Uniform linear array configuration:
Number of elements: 4
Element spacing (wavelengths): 1
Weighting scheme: hamming
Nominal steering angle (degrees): -30
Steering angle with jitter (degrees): -30.779
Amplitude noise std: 0.05
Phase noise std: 0.05

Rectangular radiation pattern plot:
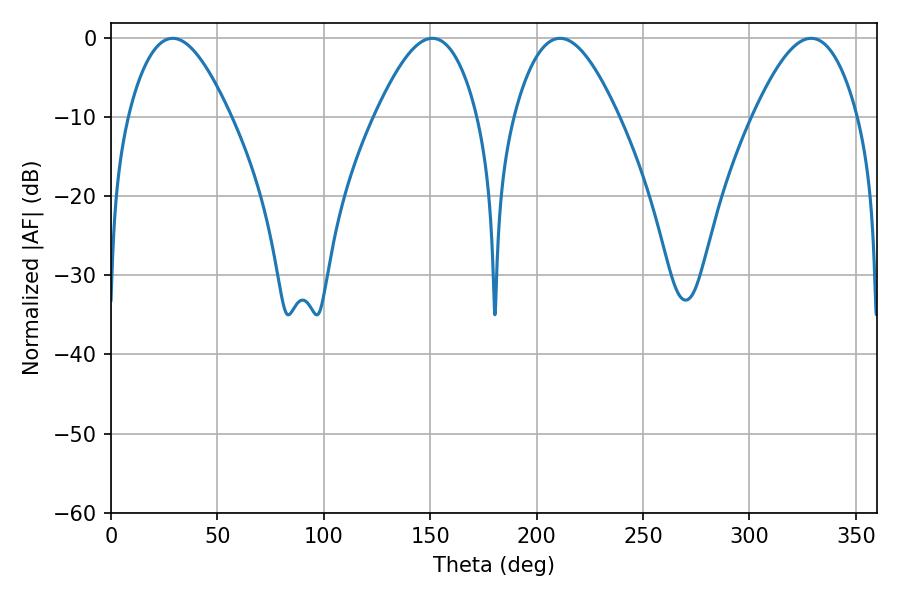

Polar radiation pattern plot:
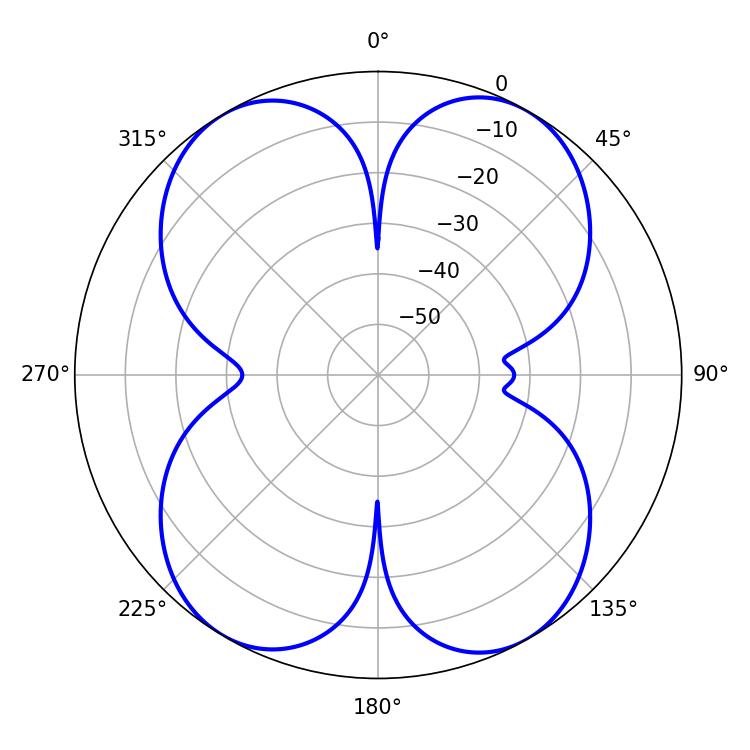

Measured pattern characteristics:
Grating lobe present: TRUE
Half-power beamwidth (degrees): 26.1
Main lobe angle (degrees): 28.98